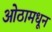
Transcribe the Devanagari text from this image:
ओठामधून